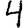
Digit: 4